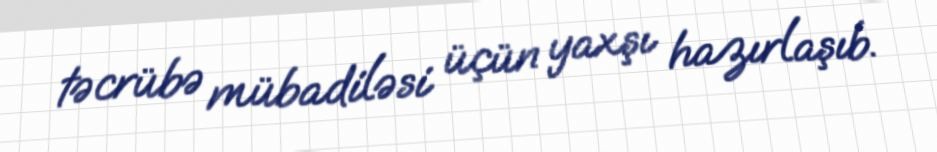
təcrübə mübadiləsi üçün yaxşı hazırlaşıb.